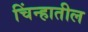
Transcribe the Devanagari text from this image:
चिंन्हातील